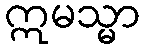
ဣမသ္မာ